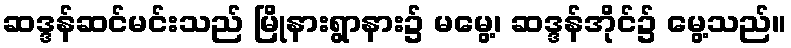
ဆဒ္ဒန်ဆင်မင်းသည် မြိုနားရွာနား၌ မမွေ့၊ ဆဒ္ဒန်အိုင်၌ မွေ့သည်။